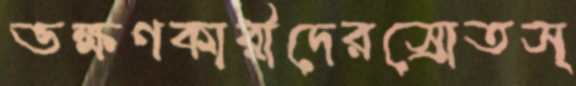
ভক্ষণকারীদেরস্রোতস্